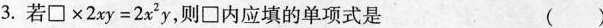
3.若□×2xy=2x2 y,则□内应填的单项式是 ( ) A. xy B.3xy C.x D.3x